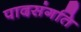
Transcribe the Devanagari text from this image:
पादसंगति